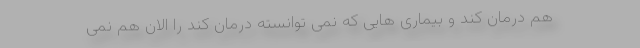
هم درمان کند و بیماری هایی که نمی توانسته درمان کند را الان هم نمی